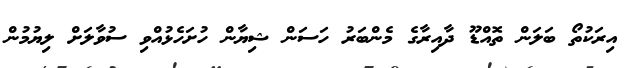
އިރަކުތޯ ބަލަން ތޮއްޑޫ ދާއިރާގެ މެންބަރު ހަސަން ޝިޔާން ހުށަހެޅުއްވި ސުވާލަށް ލިޔުމުން